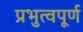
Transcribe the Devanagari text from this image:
प्रभुत्वपूर्ण